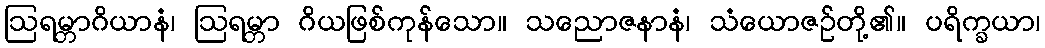
ဩရမ္ဘာဂိယာနံ၊ ဩရမ္ဘာ ဂိယဖြစ်ကုန်သော။ သညောဇနာနံ၊ သံယောဇဉ်တို့၏။ ပရိက္ခယာ၊